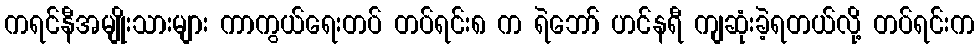
ကရင်နီအမျိုးသားများ ကာကွယ်ရေးတပ် တပ်ရင်း၈ က ရဲဘော် ဟင်နရီ ကျဆုံးခဲ့ရတယ်လို့ တပ်ရင်းက